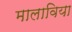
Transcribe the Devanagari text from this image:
मालाविया